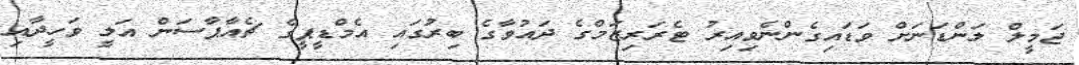
ޖަމީލް ލަންޑަނަށް ވަޑައިގެންނެވިއިރު ޓެރަރިޒަމްގެ ދައުވާގެ ބިރުގައި އެމްޑީޕީގެ ޗެއާޕާސަން އަލީ ވަހީދާއި